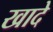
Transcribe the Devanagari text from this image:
खादे